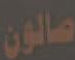
صالون